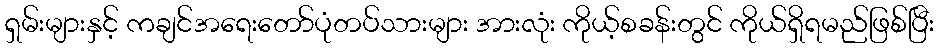
ရှမ်းများနှင့် ကချင်အရေးတော်ပုံတပ်သားများ အားလုံး ကိုယ့်စခန်းတွင် ကိုယ်ရှိရမည်ဖြစ်ပြီး